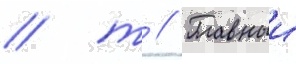
/ т // Главныи